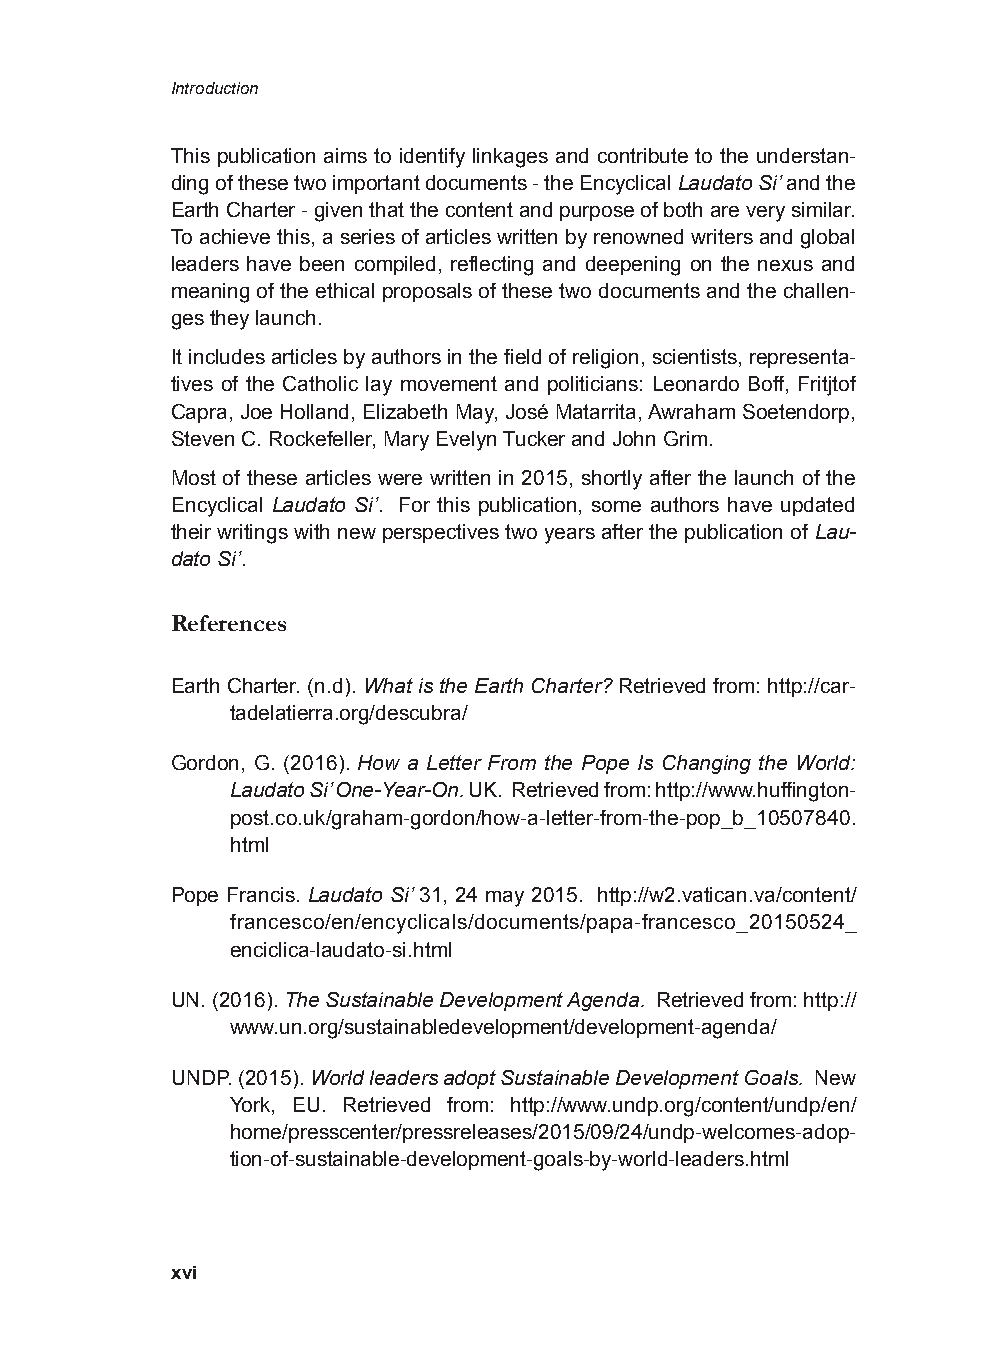
Introduction
 This publication aims to identify linkages and contribute to the understan-
 ding of these two important documents - the Encyclical Laudato Si’ and the
 Earth Charter - given that the content and purpose of both are very similar.
 To achieve this, a series of articles written by renowned writers and global
 leaders have been compiled, reflecting and deepening on the nexus and
 meaning of the ethical proposals of these two documents and the challen-
 ges they launch.
 It includes articles by authors in the field of religion, scientists, representa-
 tives of the Catholic lay movement and politicians: Leonardo Boff, Fritjtof
 Capra, Joe Holland, Elizabeth May, José Matarrita, Awraham Soetendorp,
 Steven C. Rockefeller, Mary Evelyn Tucker and John Grim.
 Most of these articles were written in 2015, shortly after the launch of the
 Encyclical Laudato Si’. For this publication, some authors have updated
 their writings with new perspectives two years after the publication of Lau-
 dato Si’.
 References
 Earth Charter. (n.d). What is the Earth Charter? Retrieved from: http://car-
 tadelatierra.org/descubra/
 Gordon, G. (2016). How a Letter From the Pope Is Changing the World:
 Laudato Si’ One-Year-On. UK. Retrieved from: http://www.huffington-
 post.co.uk/graham-gordon/how-a-letter-from-the-pop_b_10507840.
 html
 Pope Francis. Laudato Si’ 31, 24 may 2015. http://w2.vatican.va/content/
 francesco/en/encyclicals/documents/papa-francesco_20150524_
 enciclica-laudato-si.html
 UN. (2016). The Sustainable Development Agenda. Retrieved from: http://
 www.un.org/sustainabledevelopment/development-agenda/
 UNDP. (2015). World leaders adopt Sustainable Development Goals. New
 York, EU. Retrieved from: http://www.undp.org/content/undp/en/
 home/presscenter/pressreleases/2015/09/24/undp-welcomes-adop-
 tion-of-sustainable-development-goals-by-world-leaders.html
 xvi